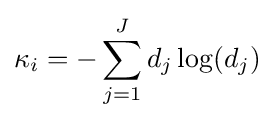
\kappa _{i}=-\sum _{j=1}^{J}d_{j}\log(d_{j})